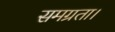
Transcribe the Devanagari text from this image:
समग्रता।